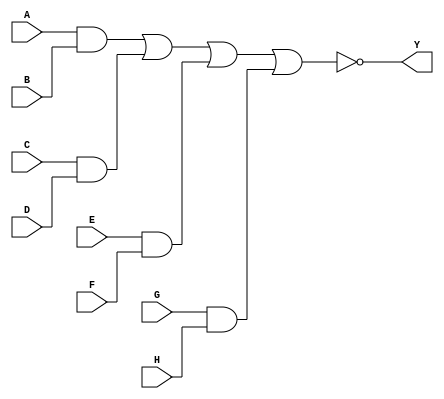
module AOI_2_1(input A,input B,input C,input D,input E,input F,input G,input H,output Y);
wire a_w;
wire b_w;
wire c_w;
wire d_w;
assign a_w = A & B;
assign b_w = C & D;
assign c_w = E & F;
assign d_w = G & H;
assign Y = ~(a_w | b_w | c_w | d_w);
endmodule